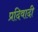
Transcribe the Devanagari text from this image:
प्रदिवादी